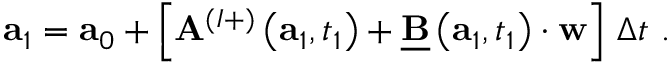
\mathbf { a } _ { 1 } = \mathbf { a } _ { 0 } + \left[ \mathbf { A } ^ { ( I + ) } \left( \mathbf { a } _ { 1 } , t _ { 1 } \right) + \underline { { \mathbf { B } } } \left( \mathbf { a } _ { 1 } , t _ { 1 } \right) \cdot \mathbf { w } \right] \, \Delta t \, \, .